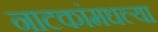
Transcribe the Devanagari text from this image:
नाटकांमधल्या